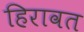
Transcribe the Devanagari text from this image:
हिरावत